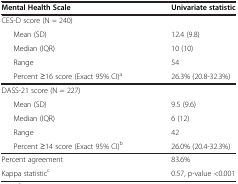
<table><thead><tr><td><b>Mental Health Scale</b></td><td><b>Univariate statistic</b></td></tr></thead><tbody><tr><td>CES-D score (N = 240)</td><td> </td></tr><tr><td>Mean (SD)</td><td>12.4 (9.8)</td></tr><tr><td>Median (IQR)</td><td>10 (10)</td></tr><tr><td>Range</td><td>54</td></tr><tr><td>Percent ≥16 score (Exact 95% CI)<sup>a</sup></td><td>26.3% (20.8-32.3%)</td></tr><tr><td>DASS-21 score (N = 227)</td><td> </td></tr><tr><td>Mean (SD)</td><td>9.5 (9.6)</td></tr><tr><td>Median (IQR)</td><td>6 (12)</td></tr><tr><td>Range</td><td>42</td></tr><tr><td>Percent ≥14 score (Exact 95% CI)<sup>b</sup></td><td>26.0% (20.4-32.3%)</td></tr><tr><td>Percent agreement</td><td>83.6%</td></tr><tr><td>Kappa statistic<sup>c</sup></td><td>0.57, p-value &lt;0.001</td></tr></tbody></table>